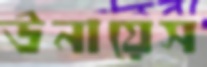
উনায়েস